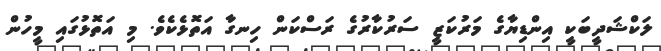
ލަކްޝަދީބަކީ އިންޑިޔާގެ މަރުކަޒީ ސަރުކާރުގެ ރަސްކަން ހިނގާ އަތޮޅެކެވެ. މި އަތޮޅުގައި މީހުން